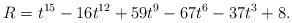
LaTeX: \begin{align*}R=t^{15} - 16t^{12} + 59t^9 - 67t^6 - 37t^3 + 8.\end{align*}